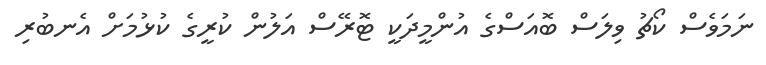
ނަމަވެސް ކޯޗު ވިލަސް ބޮއަސްގެ އުންމީދަކީ ޓޮރޭސް އަލުން ކުރީގެ ކުޅުމަށް އެނބުރި